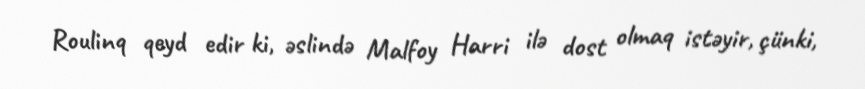
Roulinq qeyd edir ki, əslində Malfoy Harri ilə dost olmaq istəyir, çünki,